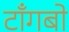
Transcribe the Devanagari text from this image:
टाँगबो